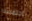
اجتماعنا